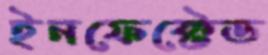
ইনফেক্টেড